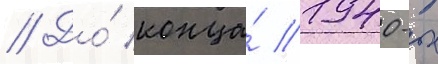
// До́ конца́ 1940-х